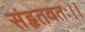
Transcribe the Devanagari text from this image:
संहृतवतः।।